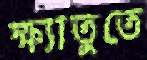
ক্ষ্যাতুতে